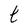
Character: t